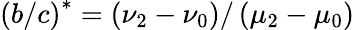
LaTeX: \left(b/c\right)^{\ast}=\left(\nu_{2}-\nu_{0}\right)/\left(\mu_{2}-\mu_{0}\right)